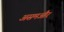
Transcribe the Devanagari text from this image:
असमऔर